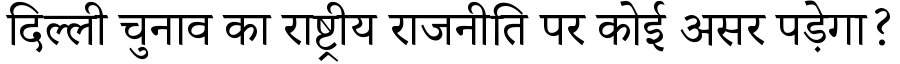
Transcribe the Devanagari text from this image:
दिल्ली चुनाव का राष्ट्रीय राजनीति पर कोई असर पड़ेगा?